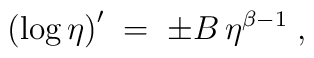
\left(\log \eta\right)^{\prime} \;=\; \pm B\, \eta^{\beta -1} \; ,